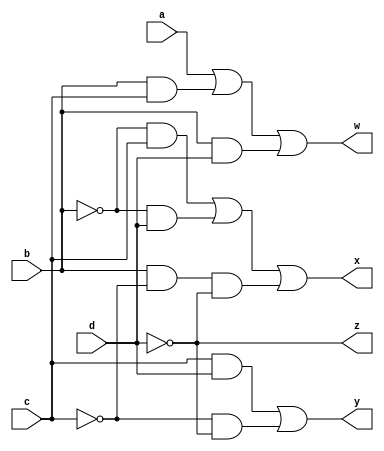
module bcd_excess3(input a,
      input b,
      input c,
      input d,
      output w,
      output x,
      output y,
       output z);
  assign w=((a | (b & c) | (b & d)));
  assign x=((~b & c) | (~b & d) | (b & ~c & ~d));
  assign y=((c & d) | (~c & ~d));
  assign z=(~d);
endmodule